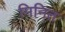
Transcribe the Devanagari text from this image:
मिनित